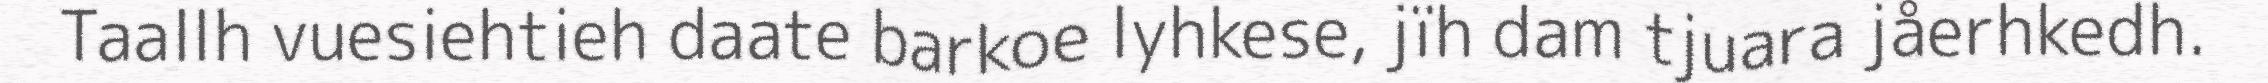
Taallh vuesiehtieh daate barkoe lyhkese, jïh dam tjuara jåerhkedh.